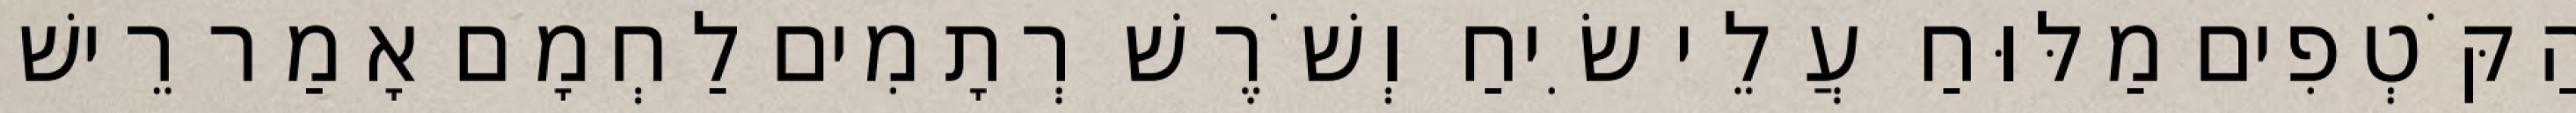
הַקֹּטְפִים מַלּוּחַ עֲלֵי שִׂיחַ וְשֹׁרֶשׁ רְתָמִים לַחְמָם אָמַר רֵישׁ